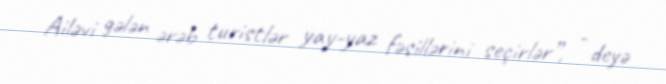
Ailəvi gələn ərəb turistlər yay-yaz fəsillərini seçirlər”, - deyə